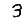
Digit: 3